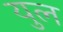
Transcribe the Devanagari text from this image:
युल